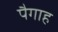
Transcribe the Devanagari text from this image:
पैगाह